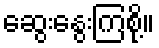
ဆွေးနွေးကြစို့။